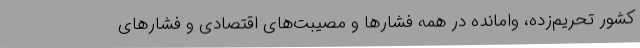
کشور تحریم‌زده، وامانده در همه فشارها و مصیبت‌های اقتصادی و فشارهای